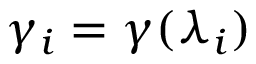
\gamma _ { i } = \gamma ( \lambda _ { i } )